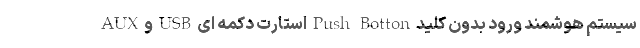
AUX و USB استارت دکمه ای Push Botton سیستم هوشمند ورود بدون کلید